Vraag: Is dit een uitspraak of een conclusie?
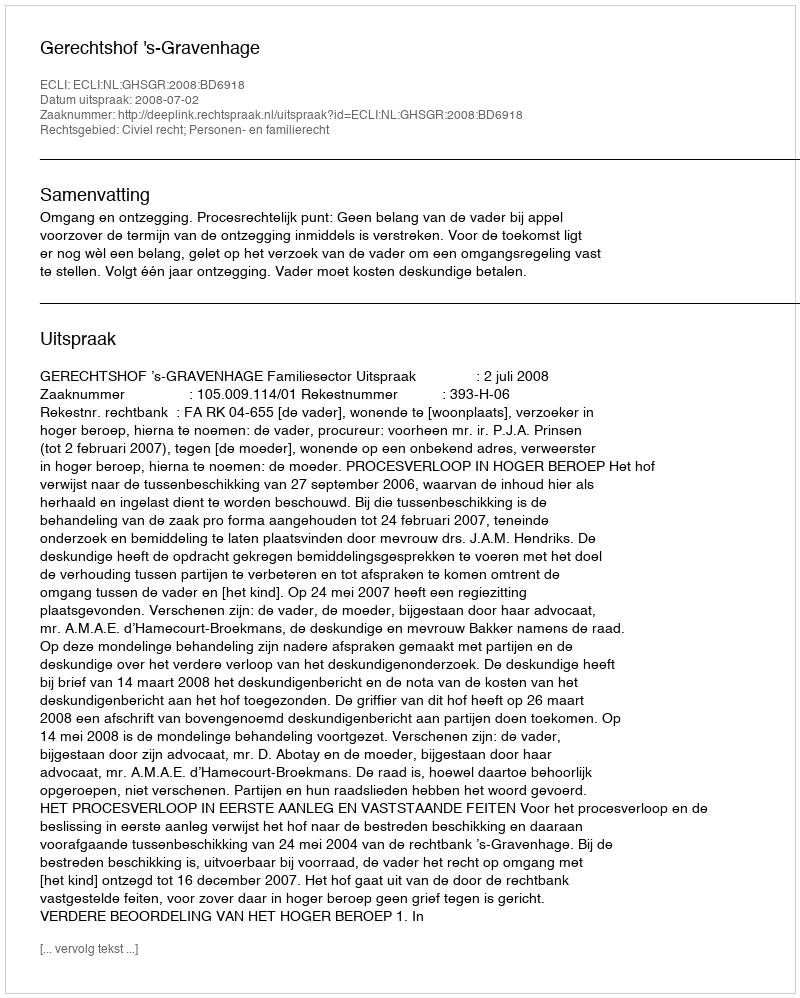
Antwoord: Uitspraak